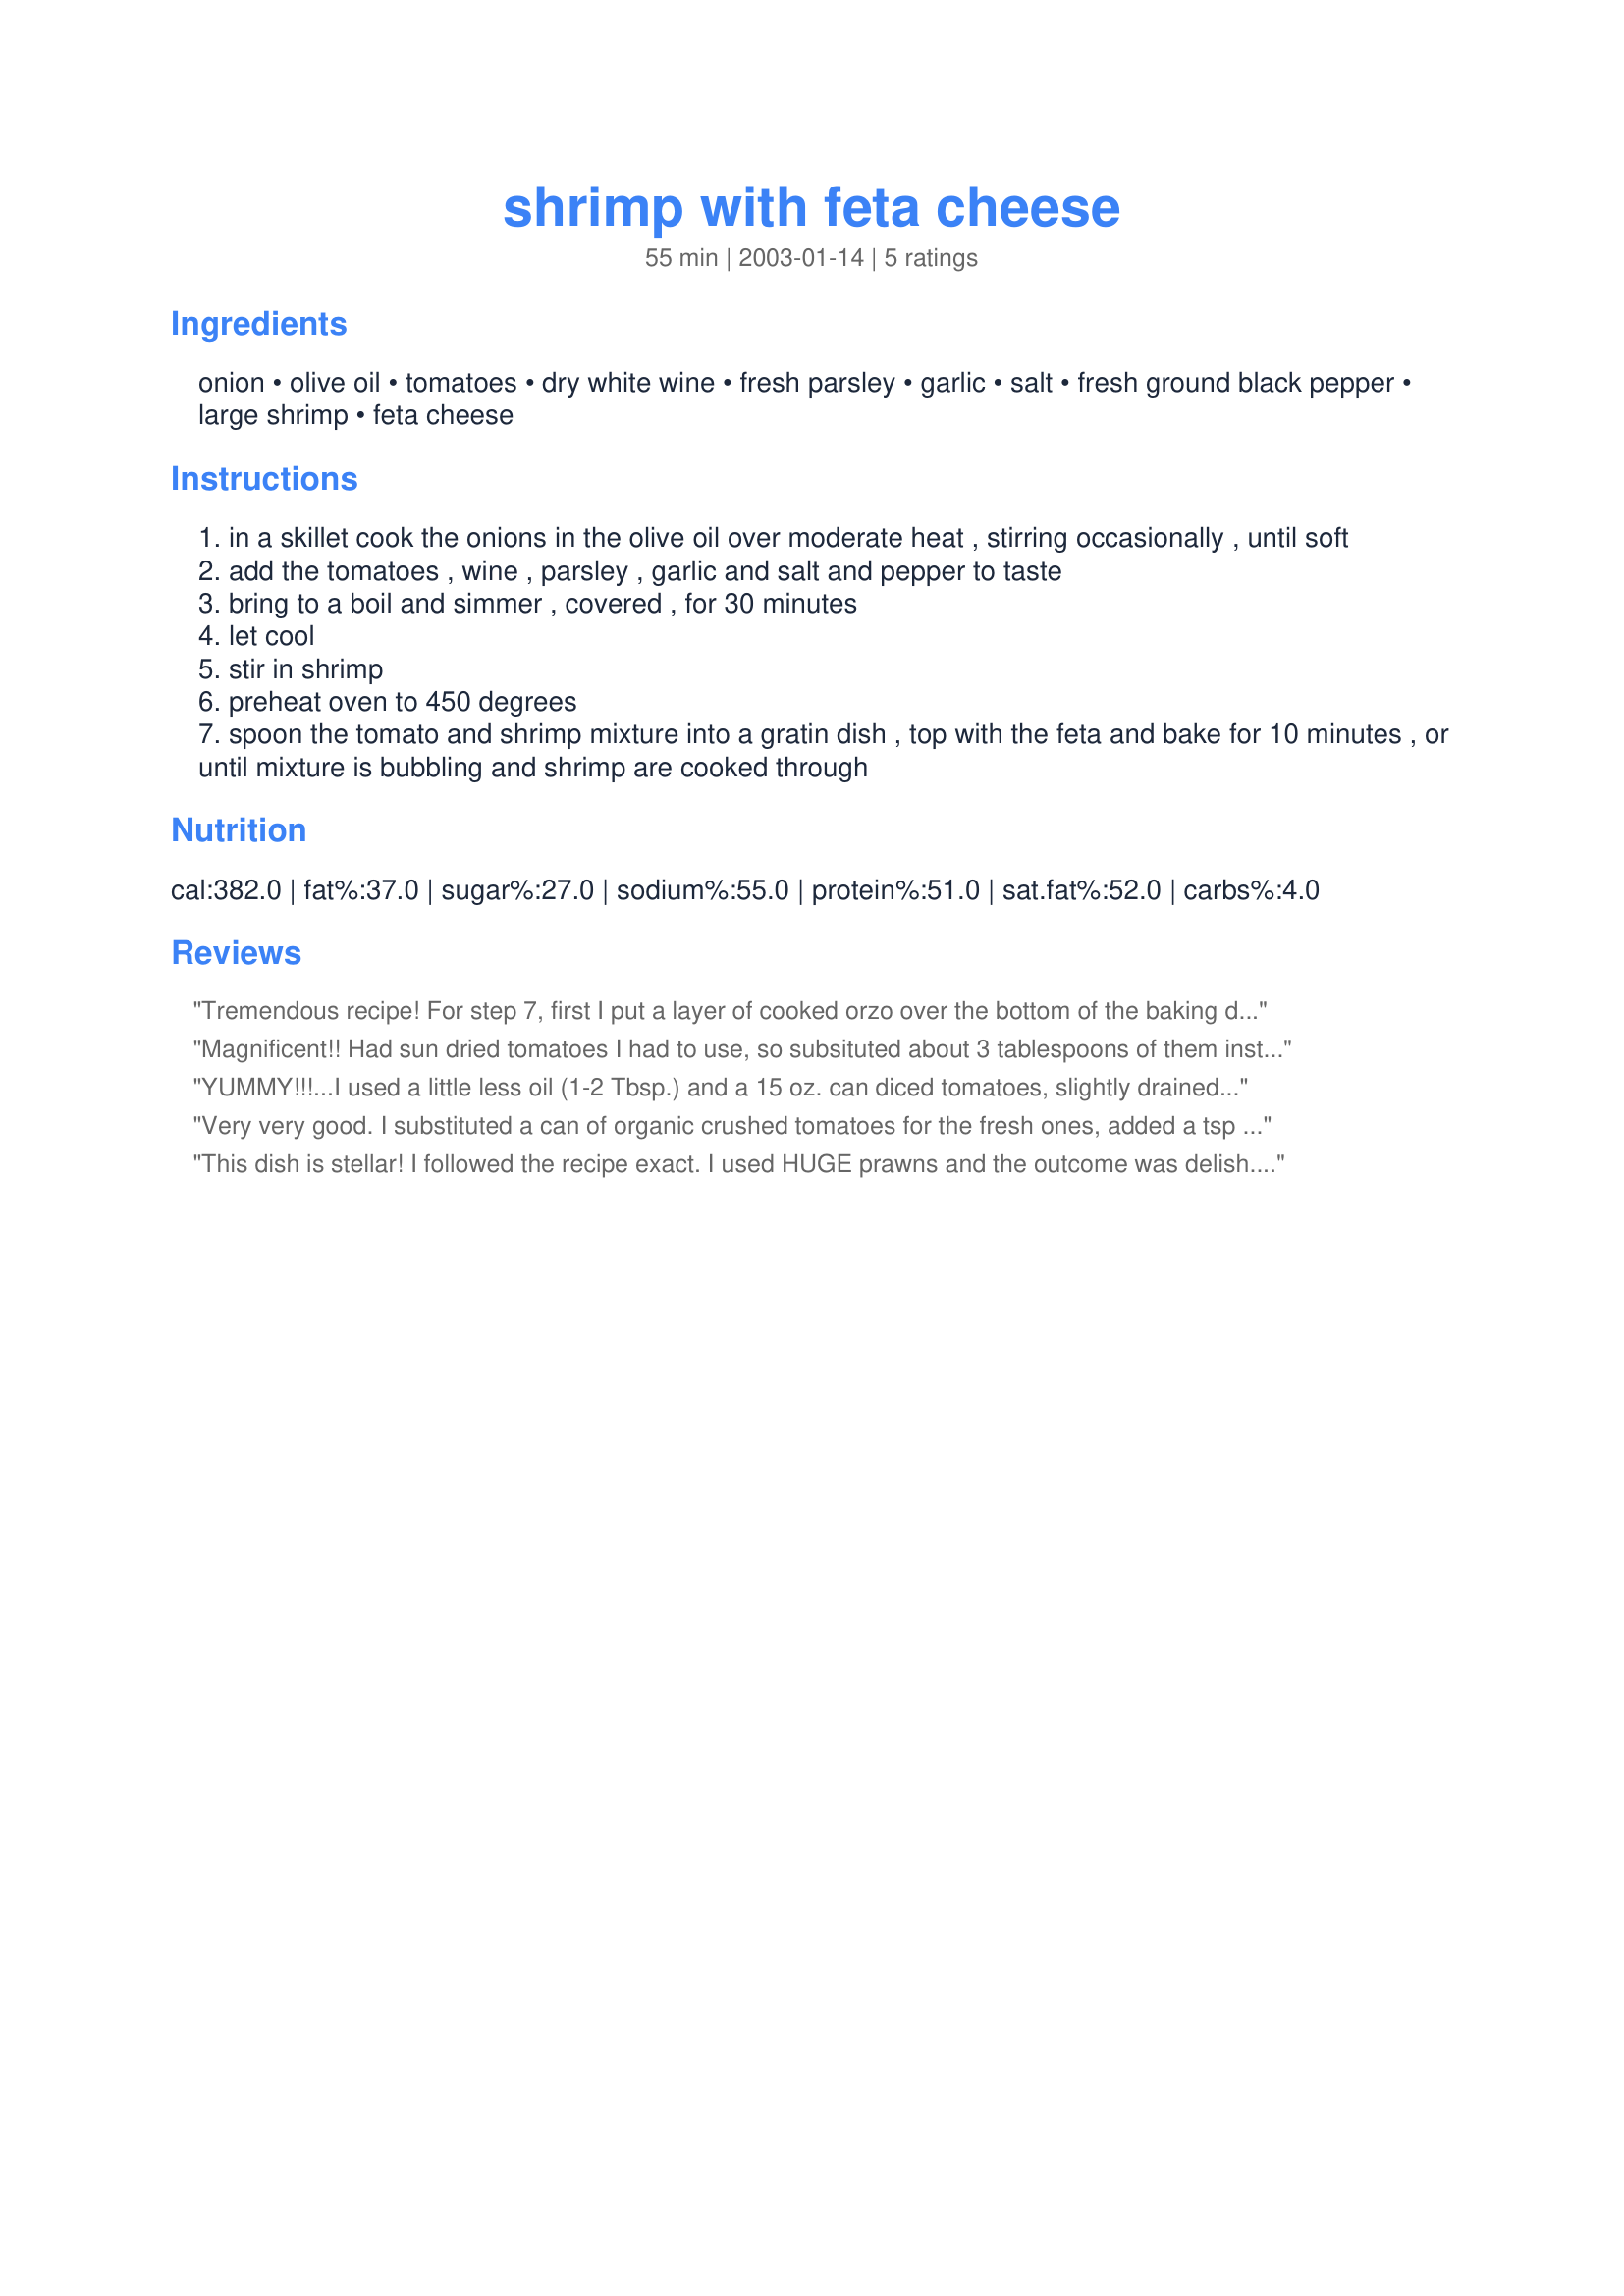
shrimp with feta cheese
Preparation time: 55 minutes

Ingredients:
onion, olive oil, tomatoes, dry white wine, fresh parsley, garlic, salt, fresh ground black pepper, large shrimp, feta cheese

Steps:
in a skillet cook the onions in the olive oil over moderate heat , stirring occasionally , until soft
add the tomatoes , wine , parsley , garlic and salt and pepper to taste
bring to a boil and simmer , covered , for 30 minutes
let cool
stir in shrimp
preheat oven to 450 degrees
spoon the tomato and shrimp mixture into a gratin dish , top with the feta and bake for 10 minutes , or until mixture is bubbling and shrimp are cooked through

Reviews:
Tremendous recipe! For step 7, first I put a layer of cooked orzo over the bottom of the baking dish, then poured the shrimp sauce over that. 
The dish is attractive, smells awesome, and tastes delicious. I think this would be incredible served over garlic bread too. Thanks so much for sharing this recipe, we love it.
Magnificent!! Had sun dried tomatoes I had to use, so subsituted about 3 tablespoons of them instead of the fresh-- added a little more wine and water to go with these dehydrated tomatoes.
YUMMY!!!...I used a little less oil (1-2 Tbsp.) and a 15 oz. can diced tomatoes, slightly drained. I also used dried parsley, as I didn't have any fresh on hand. I served with risotto and steamed broccoli for a FANTABULOUS dinner! Is the nutrition info. correct for this dish, because it seems that it would have much less fat and cals? Just wondering. Thanks so much for posting!
~Manda
Very very good. I substituted a can of organic crushed tomatoes for the fresh ones, added a tsp of dried oregano, and used only about half the amount of feta cheese called for. Will definitely make again. Thanks!
This dish is stellar! I followed the recipe exact. I used HUGE prawns and the outcome was delish. Lots of fresh parsley is essential. Thanks Meanie!
--Marla in Scottsdale
